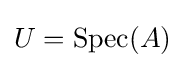
U=\operatorname {Spec} (A)